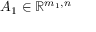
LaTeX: A _ { 1 } \in \mathbb { R } ^ { m _ { 1 } , n }